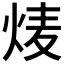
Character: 𮳩